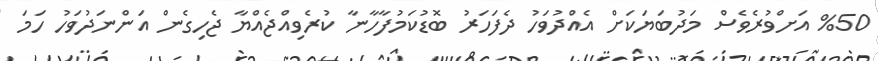
%50 އަށްވުރެވެސް މަދުބަޔަކަށް އެއްދުވަހު ދެފަހަރު ބޮޑުކަމުފާހާނާ ކުރެވިއްޖެއްޔާ ޖެހިގެން އަންނަދުވަހު ހަމަ